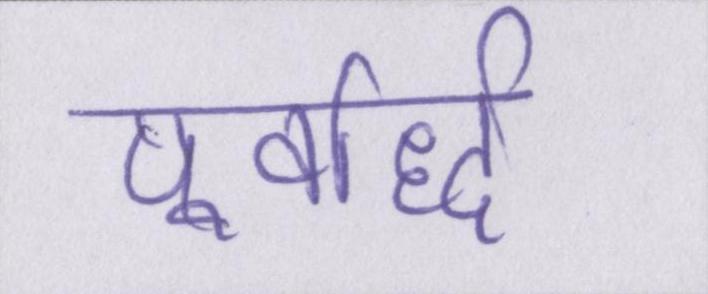
पूर्वार्द्ध